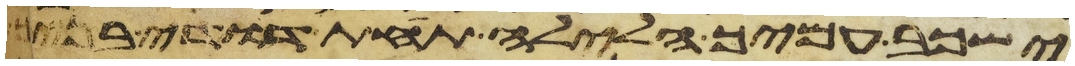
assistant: ישכב עמיך הלילה תחת דודי בניך